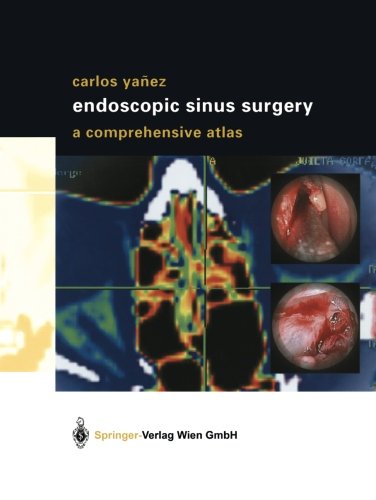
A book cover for Endoscopic Sinus Surgery: A Comprehensive Atlas; Carlos YaÃ±ez; Medical Books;